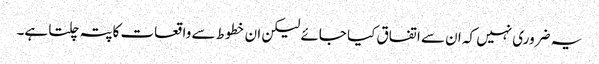
یہ ضروری نہیں کہ ان سے اتفاق کیا جائے لیکن ان خطوط سے واقعات کاپتہ چلتا ہے۔